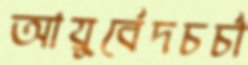
আয়ুর্বেদচর্চা